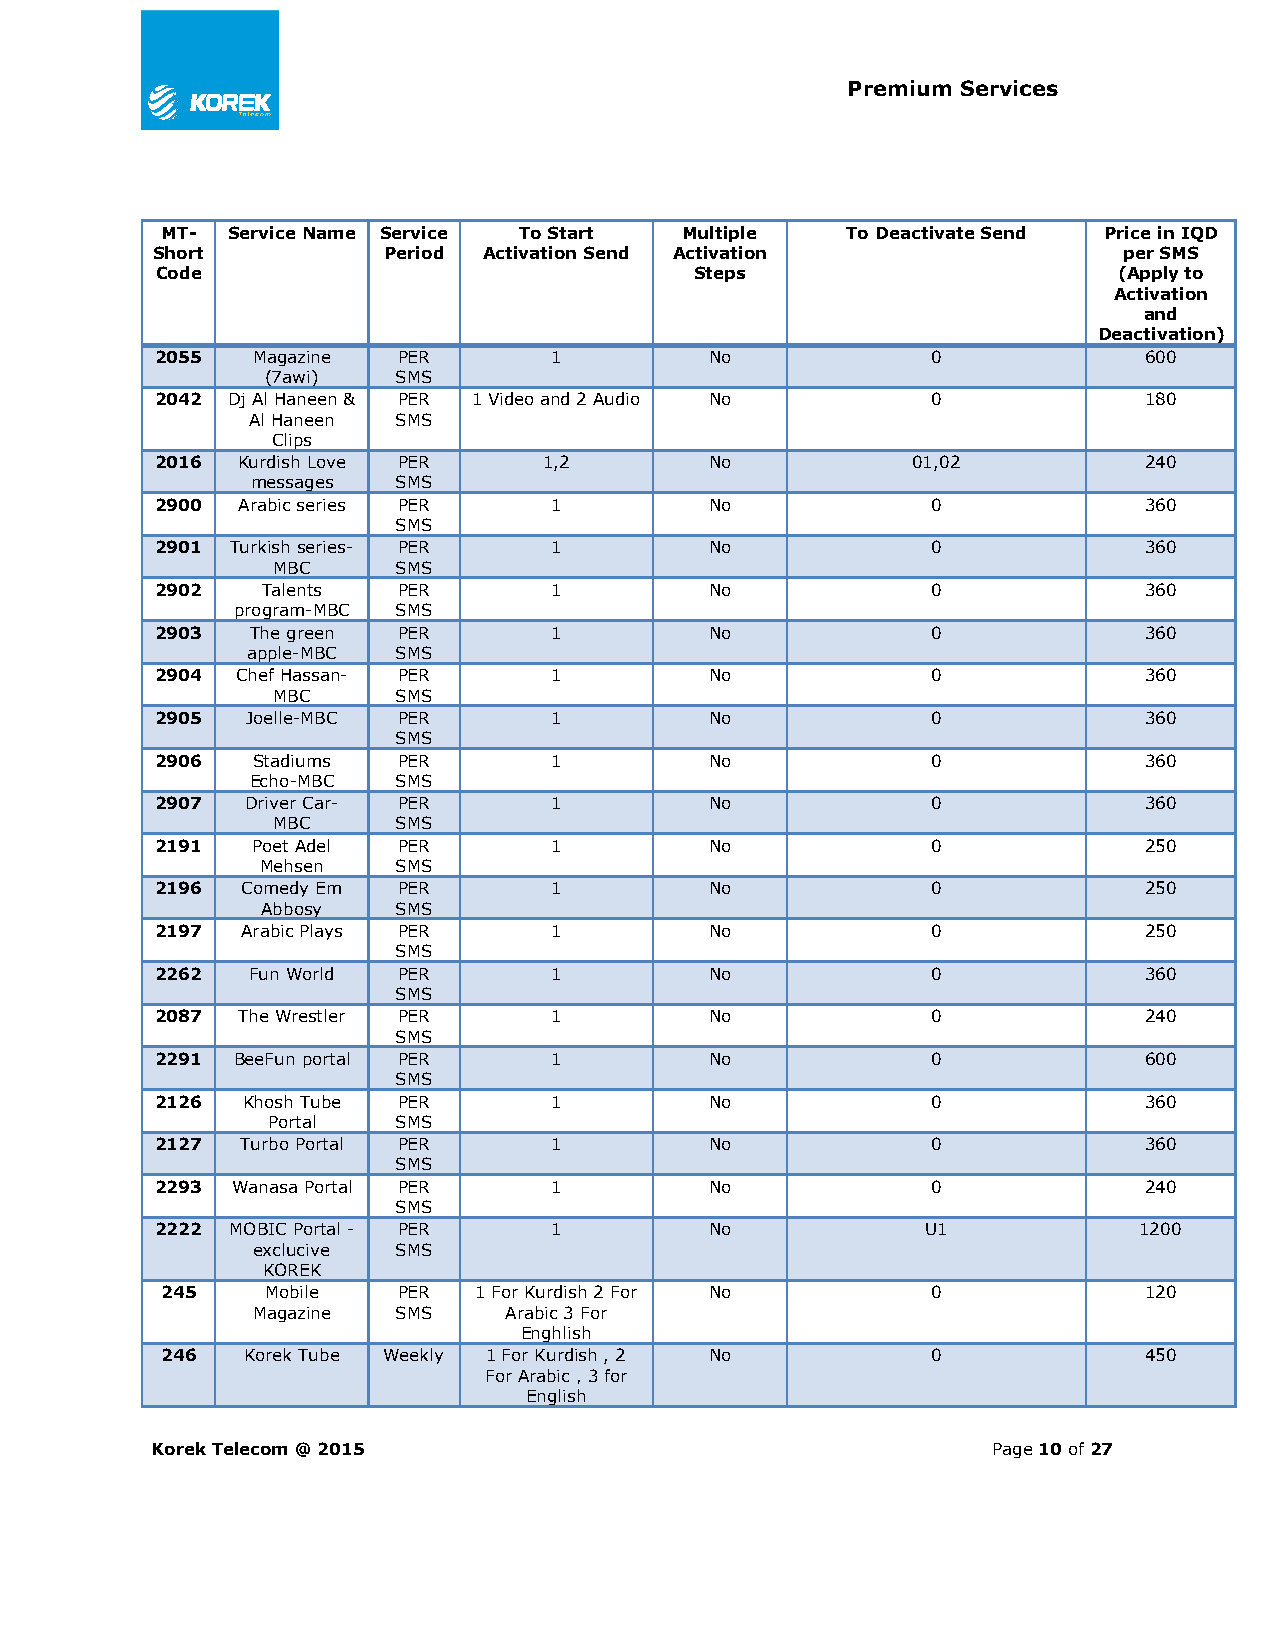
Premium Services
 MT- Service Name Service To Start Multiple   To Deactivate Send Price in IQD
 Short          Period Activation Send Activation                per SMS
 Code                                Steps                       (Apply to
 Activation
 and
 Deactivation)
 2055   Magazine PER       1          No             0             600
 (7awi)  SMS
 2042 Dj Al Haneen & PER 1 Video and 2 Audio No      0             180
 Al Haneen SMS
 Clips
 2016  Kurdish Love PER    1,2        No           01,02           240
 messages SMS
 2900  Arabic series PER   1          No             0             360
 SMS
 2901 Turkish series- PER  1          No             0             360
 MBC     SMS
 2902   Talents  PER       1          No             0             360
 program-MBC SMS
 2903   The green PER      1          No             0             360
 apple-MBC SMS
 2904  Chef Hassan- PER    1          No             0             360
 MBC     SMS
 2905  Joelle-MBC PER      1          No             0             360
 SMS
 2906   Stadiums PER       1          No             0             360
 Echo-MBC SMS
 2907  Driver Car- PER     1          No             0             360
 MBC     SMS
 2191   Poet Adel PER      1          No             0             250
 Mehsen   SMS
 2196  Comedy Em PER       1          No             0             250
 Abbosy   SMS
 2197  Arabic Plays PER    1          No             0             250
 SMS
 2262  Fun World PER       1          No             0             360
 SMS
 2087  The Wrestler PER    1          No             0             240
 SMS
 2291 BeeFun portal PER    1          No             0             600
 SMS
 2126  Khosh Tube PER      1          No             0             360
 Portal  SMS
 2127  Turbo Portal PER    1          No             0             360
 SMS
 2293 Wanasa Portal PER    1          No             0             240
 SMS
 2222 MOBIC Portal - PER   1          No            U1            1200
 exclucive SMS
 KOREK
 245    Mobile  PER  1 For Kurdish 2 For No         0             120
 Magazine SMS    Arabic 3 For
 Enghlish
 246  Korek Tube Weekly 1 For Kurdish , 2 No        0             450
 For Arabic , 3 for
 English
 Korek Telecom @ 2015                                    Page 10 of 27